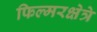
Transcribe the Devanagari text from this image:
फिल्मरक्षेत्रे